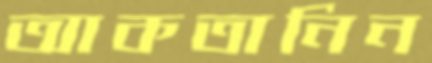
আকতানিন